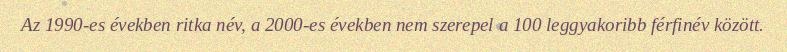
Az 1990-es években ritka név, a 2000-es években nem szerepel a 100 leggyakoribb férfinév között.